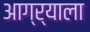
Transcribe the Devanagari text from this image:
आग्र्‍याला